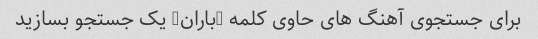
برای جستجوی آهنگ های حاوی کلمه "باران" یک جستجو بسازید